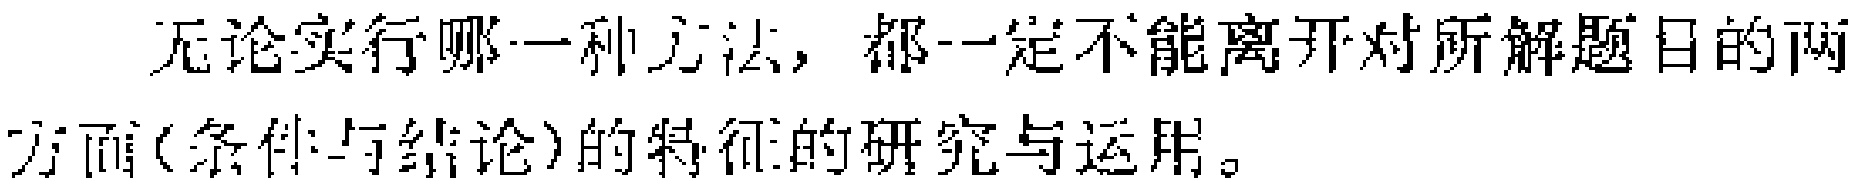
无论实行哪一种方法，都一定不能离开对所解题目的两方面(条件与结论)的特征的研究与运用。